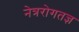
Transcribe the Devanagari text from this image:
नेत्ररोगतज्ञ